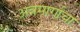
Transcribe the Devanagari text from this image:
अन्नमार्गाचा